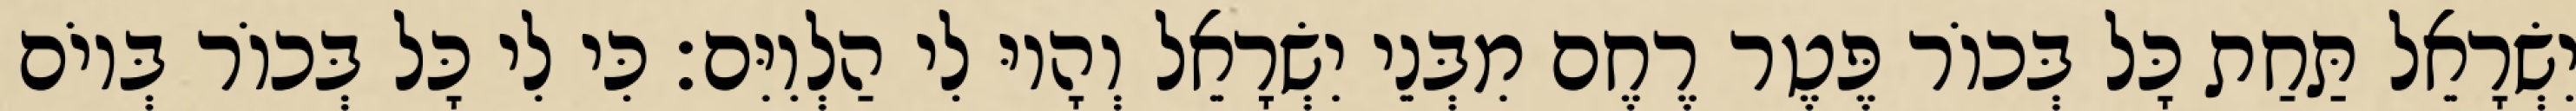
יִשְׂרָאֵל תַּחַת כָּל בְּכוֹר פֶּטֶר רֶחֶם מִבְּנֵי יִשְׂרָאֵל וְהָיוּ לִי הַלְוִיִּם׃ כִּי לִי כָּל בְּכוֹר בְּיוֹם